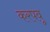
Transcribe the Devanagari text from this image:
करपवू